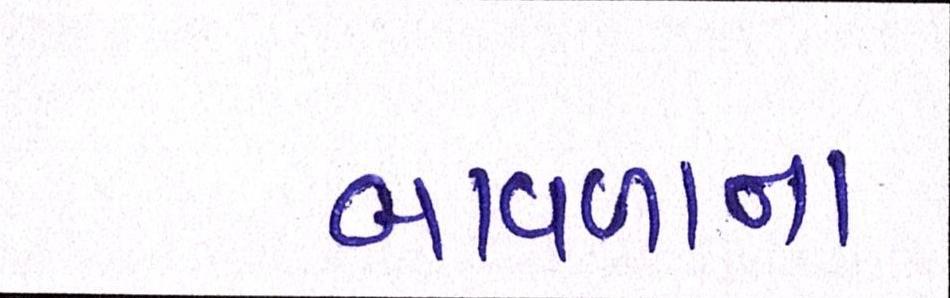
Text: બાવળના